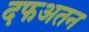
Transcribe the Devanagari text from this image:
दफअतन